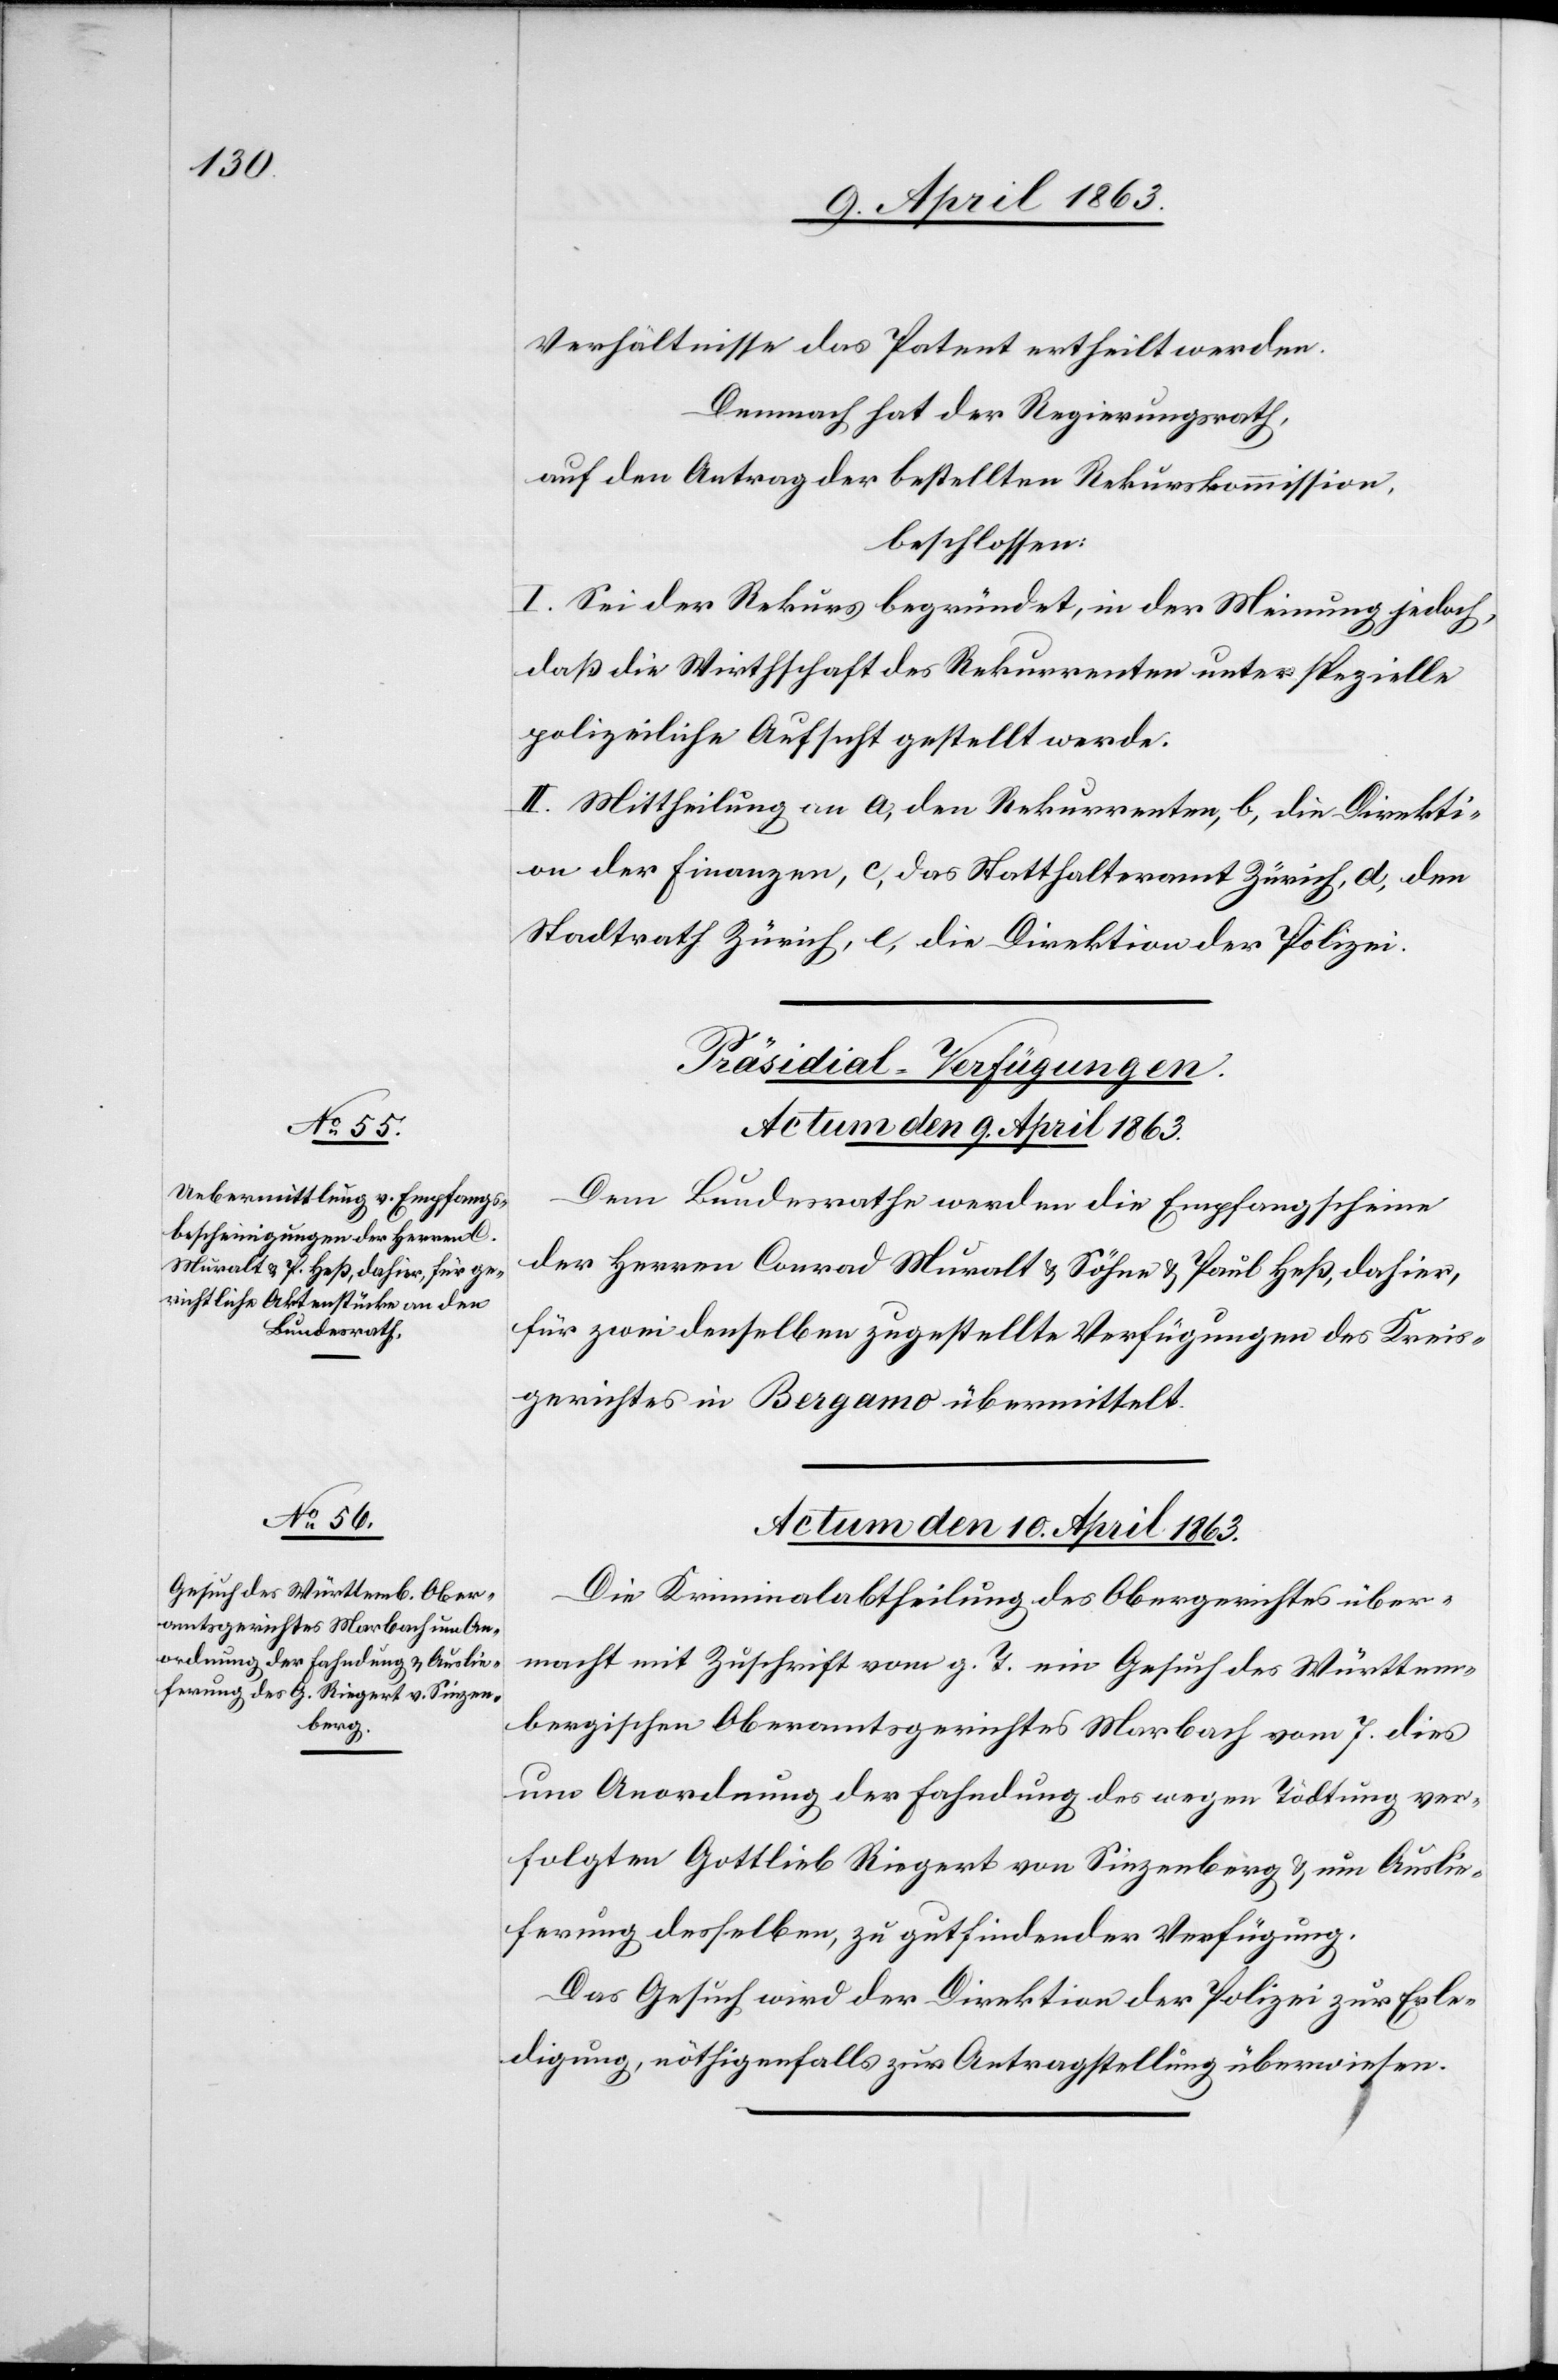
Verhältnisse das Patent ertheilt werden.
Demnach hat der Regierungsrath,
auf den Antrag der bestellten Rekurskommission,
beschlossen:
I. Sei der Rekurs begründet, in der Meinung jedoch,
daß die Wirtschaft des Rekurrenten unter spezielle
polizeiliche Aufsicht gestellt werde.
II. Mittheilung an a) den Rekurrenten, b) die Direkti¬
on der Finanzen, c) das Statthalteramt Zürich, d) den
Stadtrath Zürich, e) die Direktion der Polizei.
[Präsidial-Verfügungen.]
Actum den 9. April 1863.
Dem Bundesrathe werden die Empfangscheine
der Herren Conrad Muralt & Söhne & Paul Heß, dahier,
für zwei denselben zugestellte Verfügungen des Kreis¬
gerichtes in Bergamo übermittelt.
Actum den 10. April 1863.
Die Kriminalabtheilung des Obergerichtes über¬
macht mit Zuschrift vom g. T. ein Gesuch des Württem¬
bergischen Oberamtsgerichtes Marbach vom 7. dies
um Anordnung der Fahndung des wegen Tödtung ver¬
folgten Gottlieb Riegert von Sinzenberg & um Auslie¬
ferung desselben, zu gutfindender Verfügung.
Das Gesuch wird der Direktion der Polizei zur Erle¬
digung, nöthigenfalls zur Antragstellung überwiesen.